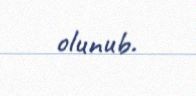
olunub.